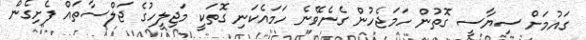
ގައުމަށް ސިޔާސީ ގޮތުން ހަމަޖެހުން ގެނެވޭނެ ހަމައެކަނި ގޮތަކީ މަޖިލީހުގެ ޖަލްސާތައް ފެށިގެން